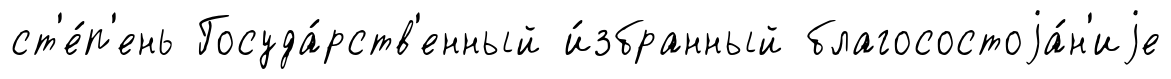
ст'е́п'ень Госуда́рств'енный и́збранный благосостоjа́н'иjе